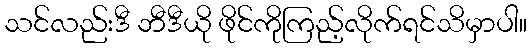
သင်လည်းဒီ ဘီဒီယို ဖိုင်ကိုကြည့်လိုက်ရင်သိမှာပါ။